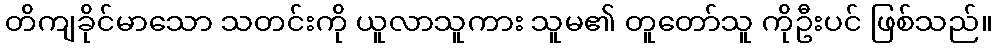
တိကျခိုင်မာသော သတင်းကို ယူလာသူကား သူမ၏ တူတော်သူ ကိုဦးပင် ဖြစ်သည်။